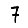
Digit: 7